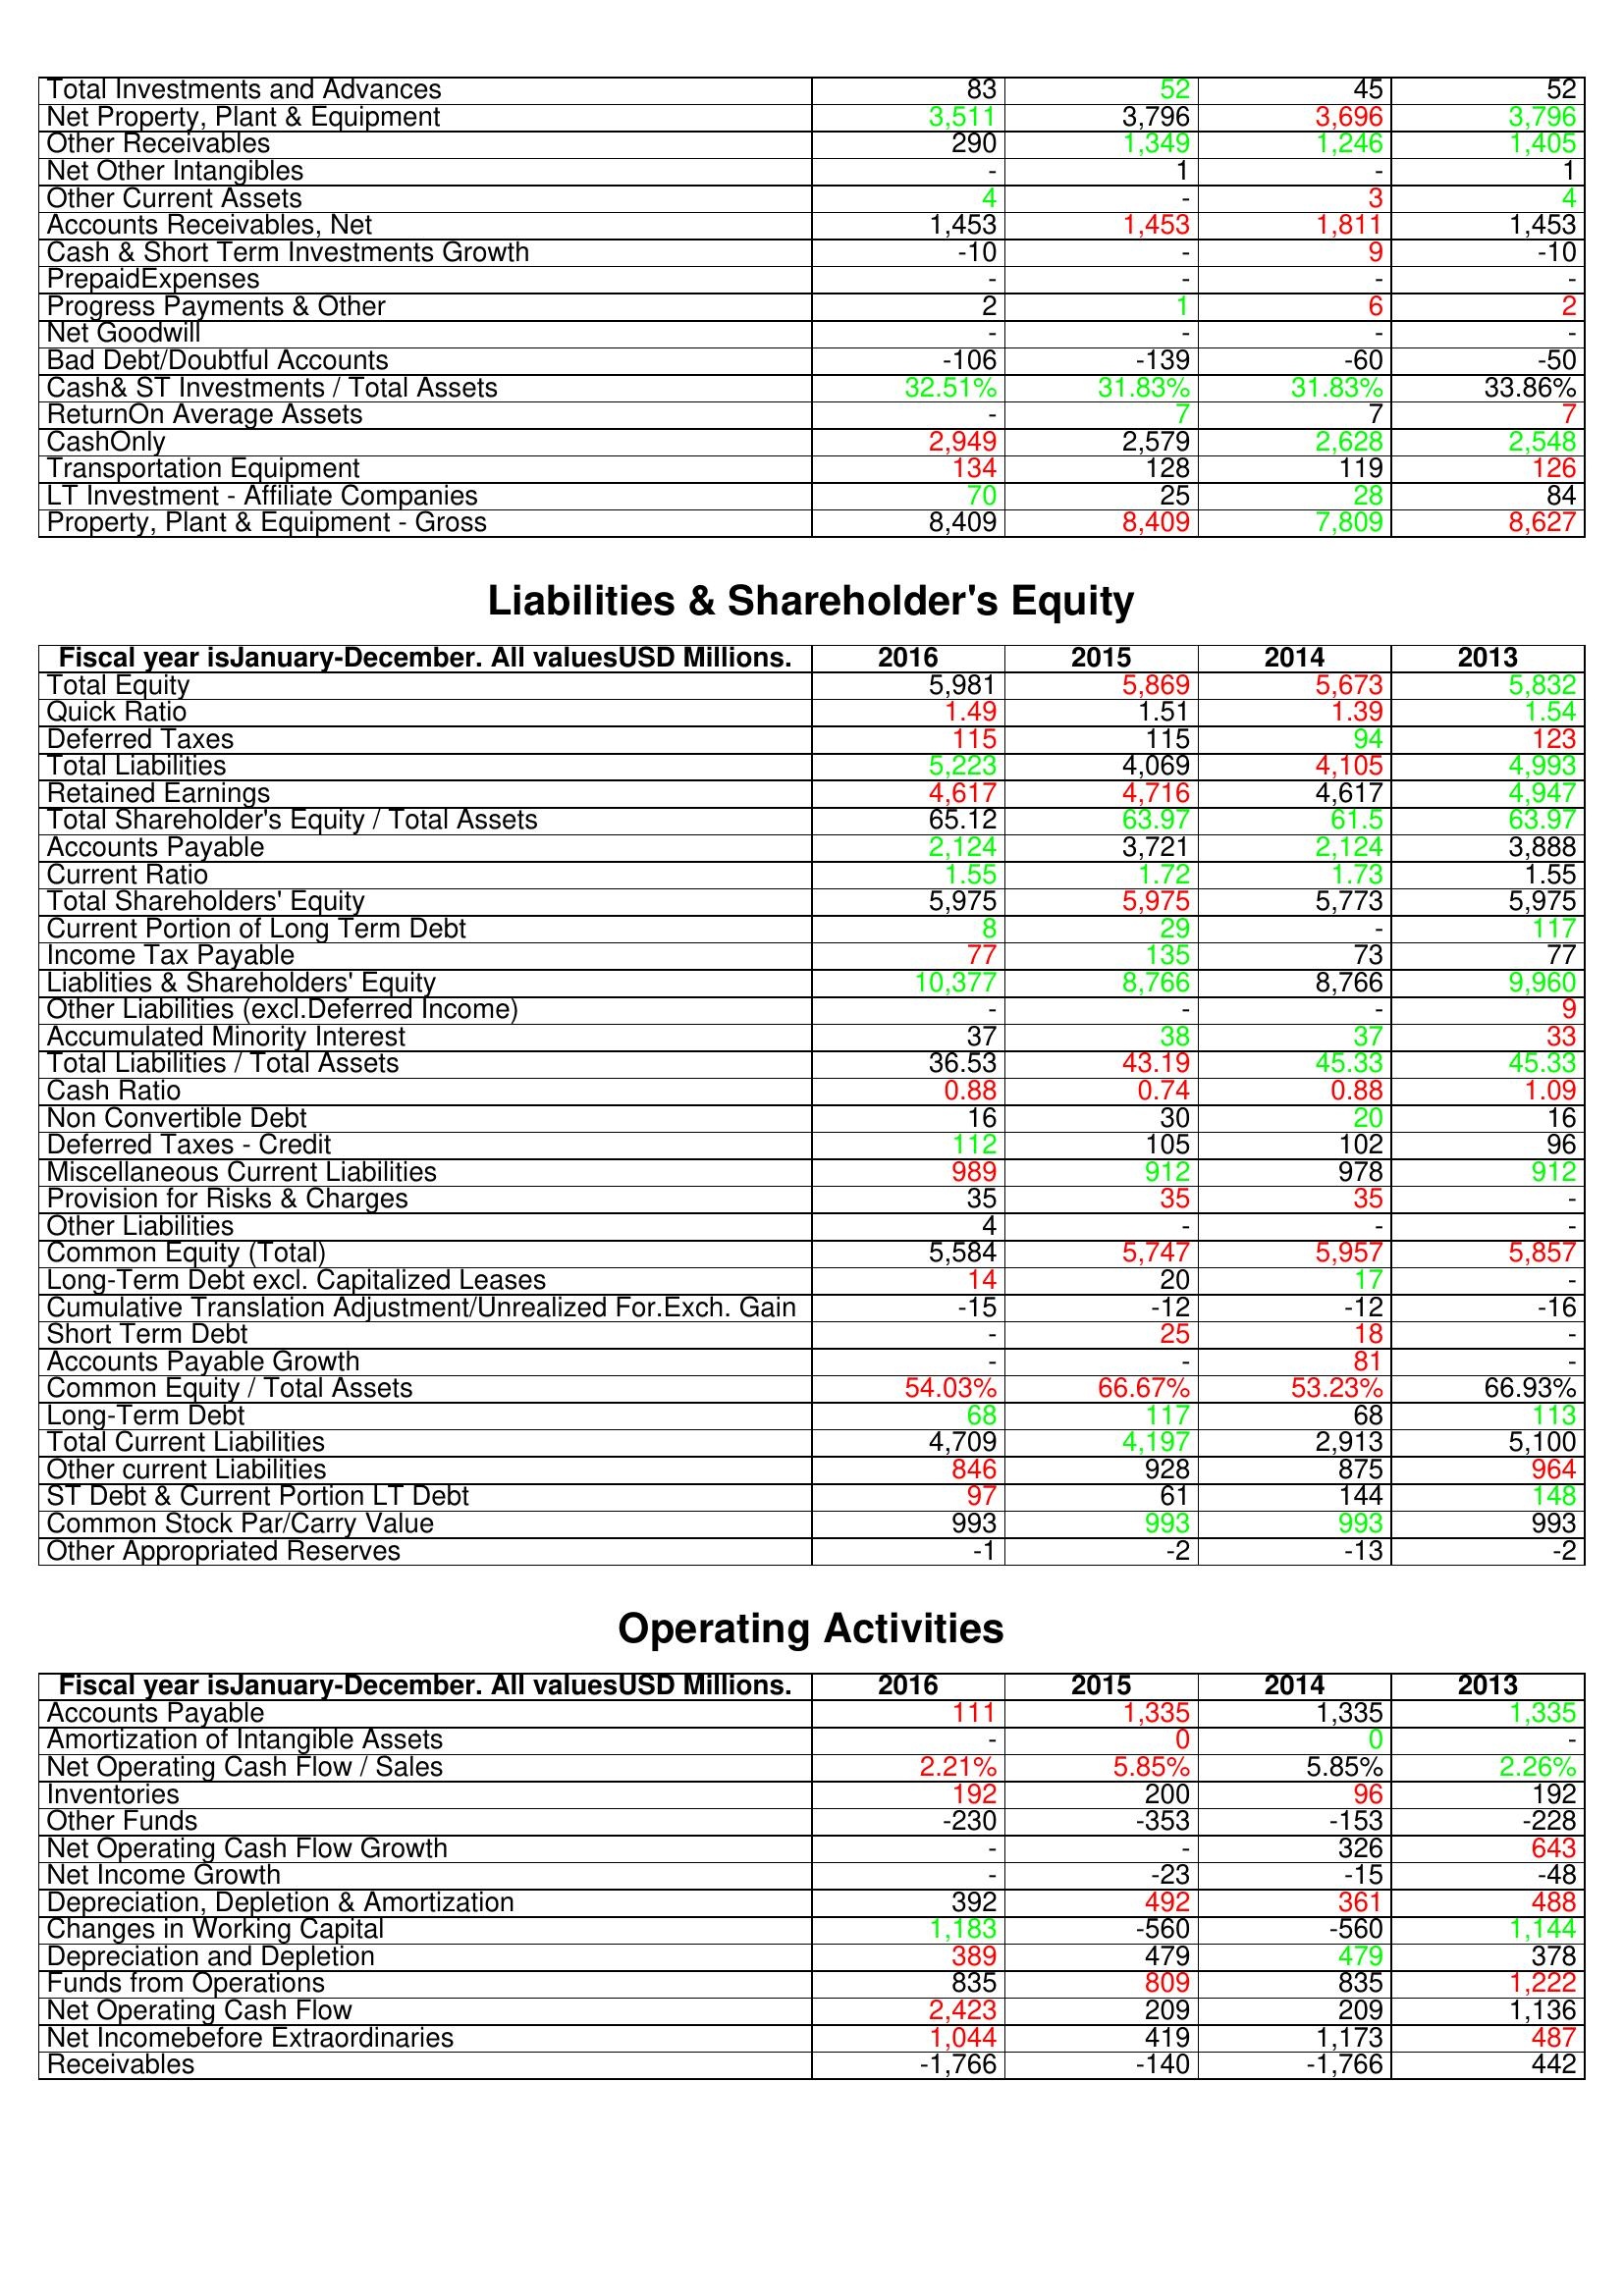
gt_parse: 2016: Assets: Total Investments and Advances: 83
Net Property, Plant & Equipment: 3,511
Other Receivables: 290
Net Other Intangibles: -
Other Current Assets: 4
Accounts Receivables, Net: 1,453
Cash & Short Term Investments Growth: -10
PrepaidExpenses: -
Progress Payments & Other: 2
Net Goodwill: -
Bad Debt/Doubtful Accounts: -106
Cash& ST Investments / Total Assets: 32.51%
ReturnOn Average Assets: -
CashOnly: 2,949
Transportation Equipment: 134
LT Investment - Affiliate Companies: 70
Property, Plant & Equipment - Gross : 8,409
Liabilities & Shareholder's Equity: Total Equity: 5,981
Quick Ratio: 1.49
Deferred Taxes: 115
Total Liabilities: 5,223
Retained Earnings: 4,617
Total Shareholder's Equity / Total Assets: 65.12
Accounts Payable: 2,124
Current Ratio: 1.55
Total Shareholders' Equity: 5,975
Current Portion of Long Term Debt: 8
Income Tax Payable: 77
Liablities & Shareholders' Equity: 10,377
Other Liabilities (excl.Deferred Income): -
Accumulated Minority Interest: 37
Total Liabilities / Total Assets: 36.53
Cash Ratio: 0.88
Non Convertible Debt: 16
Deferred Taxes - Credit: 112
Miscellaneous Current Liabilities: 989
Provision for Risks & Charges: 35
Other Liabilities: 4
Common Equity (Total): 5,584
Long-Term Debt excl. Capitalized Leases: 14
Cumulative Translation Adjustment/Unrealized For.Exch. Gain: -15
Short Term Debt: -
Accounts Payable Growth: -
Common Equity / Total Assets: 54.03%
Long-Term Debt: 68
Total Current Liabilities: 4,709
Other current Liabilities: 846
ST Debt & Current Portion LT Debt: 97
Common Stock Par/Carry Value: 993
Other Appropriated Reserves: -1
Operating Activities: Accounts Payable: 111
Amortization of Intangible Assets: -
Net Operating Cash Flow / Sales: 2.21%
Inventories: 192
Other Funds: -230
Net Operating Cash Flow Growth: -
Net Income Growth: -
Depreciation, Depletion & Amortization: 392
Changes in Working Capital: 1,183
Depreciation and Depletion: 389
Funds from Operations: 835
Net Operating Cash Flow: 2,423
Net Incomebefore Extraordinaries: 1,044
Receivables: -1,766
2015: Assets: Total Investments and Advances: 52
Net Property, Plant & Equipment: 3,796
Other Receivables: 1,349
Net Other Intangibles: 1
Other Current Assets: -
Accounts Receivables, Net: 1,453
Cash & Short Term Investments Growth: -
PrepaidExpenses: -
Progress Payments & Other: 1
Net Goodwill: -
Bad Debt/Doubtful Accounts: -139
Cash& ST Investments / Total Assets: 31.83%
ReturnOn Average Assets: 7
CashOnly: 2,579
Transportation Equipment: 128
LT Investment - Affiliate Companies: 25
Property, Plant & Equipment - Gross : 8,409
Liabilities & Shareholder's Equity: Total Equity: 5,869
Quick Ratio: 1.51
Deferred Taxes: 115
Total Liabilities: 4,069
Retained Earnings: 4,716
Total Shareholder's Equity / Total Assets: 63.97
Accounts Payable: 3,721
Current Ratio: 1.72
Total Shareholders' Equity: 5,975
Current Portion of Long Term Debt: 29
Income Tax Payable: 135
Liablities & Shareholders' Equity: 8,766
Other Liabilities (excl.Deferred Income): -
Accumulated Minority Interest: 38
Total Liabilities / Total Assets: 43.19
Cash Ratio: 0.74
Non Convertible Debt: 30
Deferred Taxes - Credit: 105
Miscellaneous Current Liabilities: 912
Provision for Risks & Charges: 35
Other Liabilities: -
Common Equity (Total): 5,747
Long-Term Debt excl. Capitalized Leases: 20
Cumulative Translation Adjustment/Unrealized For.Exch. Gain: -12
Short Term Debt: 25
Accounts Payable Growth: -
Common Equity / Total Assets: 66.67%
Long-Term Debt: 117
Total Current Liabilities: 4,197
Other current Liabilities: 928
ST Debt & Current Portion LT Debt: 61
Common Stock Par/Carry Value: 993
Other Appropriated Reserves: -2
Operating Activities: Accounts Payable: 1,335
Amortization of Intangible Assets: 0
Net Operating Cash Flow / Sales: 5.85%
Inventories: 200
Other Funds: -353
Net Operating Cash Flow Growth: -
Net Income Growth: -23
Depreciation, Depletion & Amortization: 492
Changes in Working Capital: -560
Depreciation and Depletion: 479
Funds from Operations: 809
Net Operating Cash Flow: 209
Net Incomebefore Extraordinaries: 419
Receivables: -140
2014: Assets: Total Investments and Advances: 45
Net Property, Plant & Equipment: 3,696
Other Receivables: 1,246
Net Other Intangibles: -
Other Current Assets: 3
Accounts Receivables, Net: 1,811
Cash & Short Term Investments Growth: 9
PrepaidExpenses: -
Progress Payments & Other: 6
Net Goodwill: -
Bad Debt/Doubtful Accounts: -60
Cash& ST Investments / Total Assets: 31.83%
ReturnOn Average Assets: 7
CashOnly: 2,628
Transportation Equipment: 119
LT Investment - Affiliate Companies: 28
Property, Plant & Equipment - Gross : 7,809
Liabilities & Shareholder's Equity: Total Equity: 5,673
Quick Ratio: 1.39
Deferred Taxes: 94
Total Liabilities: 4,105
Retained Earnings: 4,617
Total Shareholder's Equity / Total Assets: 61.5
Accounts Payable: 2,124
Current Ratio: 1.73
Total Shareholders' Equity: 5,773
Current Portion of Long Term Debt: -
Income Tax Payable: 73
Liablities & Shareholders' Equity: 8,766
Other Liabilities (excl.Deferred Income): -
Accumulated Minority Interest: 37
Total Liabilities / Total Assets: 45.33
Cash Ratio: 0.88
Non Convertible Debt: 20
Deferred Taxes - Credit: 102
Miscellaneous Current Liabilities: 978
Provision for Risks & Charges: 35
Other Liabilities: -
Common Equity (Total): 5,957
Long-Term Debt excl. Capitalized Leases: 17
Cumulative Translation Adjustment/Unrealized For.Exch. Gain: -12
Short Term Debt: 18
Accounts Payable Growth: 81
Common Equity / Total Assets: 53.23%
Long-Term Debt: 68
Total Current Liabilities: 2,913
Other current Liabilities: 875
ST Debt & Current Portion LT Debt: 144
Common Stock Par/Carry Value: 993
Other Appropriated Reserves: -13
Operating Activities: Accounts Payable: 1,335
Amortization of Intangible Assets: 0
Net Operating Cash Flow / Sales: 5.85%
Inventories: 96
Other Funds: -153
Net Operating Cash Flow Growth: 326
Net Income Growth: -15
Depreciation, Depletion & Amortization: 361
Changes in Working Capital: -560
Depreciation and Depletion: 479
Funds from Operations: 835
Net Operating Cash Flow: 209
Net Incomebefore Extraordinaries: 1,173
Receivables: -1,766
2013: Assets: Total Investments and Advances: 52
Net Property, Plant & Equipment: 3,796
Other Receivables: 1,405
Net Other Intangibles: 1
Other Current Assets: 4
Accounts Receivables, Net: 1,453
Cash & Short Term Investments Growth: -10
PrepaidExpenses: -
Progress Payments & Other: 2
Net Goodwill: -
Bad Debt/Doubtful Accounts: -50
Cash& ST Investments / Total Assets: 33.86%
ReturnOn Average Assets: 7
CashOnly: 2,548
Transportation Equipment: 126
LT Investment - Affiliate Companies: 84
Property, Plant & Equipment - Gross : 8,627
Liabilities & Shareholder's Equity: Total Equity: 5,832
Quick Ratio: 1.54
Deferred Taxes: 123
Total Liabilities: 4,993
Retained Earnings: 4,947
Total Shareholder's Equity / Total Assets: 63.97
Accounts Payable: 3,888
Current Ratio: 1.55
Total Shareholders' Equity: 5,975
Current Portion of Long Term Debt: 117
Income Tax Payable: 77
Liablities & Shareholders' Equity: 9,960
Other Liabilities (excl.Deferred Income): 9
Accumulated Minority Interest: 33
Total Liabilities / Total Assets: 45.33
Cash Ratio: 1.09
Non Convertible Debt: 16
Deferred Taxes - Credit: 96
Miscellaneous Current Liabilities: 912
Provision for Risks & Charges: -
Other Liabilities: -
Common Equity (Total): 5,857
Long-Term Debt excl. Capitalized Leases: -
Cumulative Translation Adjustment/Unrealized For.Exch. Gain: -16
Short Term Debt: -
Accounts Payable Growth: -
Common Equity / Total Assets: 66.93%
Long-Term Debt: 113
Total Current Liabilities: 5,100
Other current Liabilities: 964
ST Debt & Current Portion LT Debt: 148
Common Stock Par/Carry Value: 993
Other Appropriated Reserves: -2
Operating Activities: Accounts Payable: 1,335
Amortization of Intangible Assets: -
Net Operating Cash Flow / Sales: 2.26%
Inventories: 192
Other Funds: -228
Net Operating Cash Flow Growth: 643
Net Income Growth: -48
Depreciation, Depletion & Amortization: 488
Changes in Working Capital: 1,144
Depreciation and Depletion: 378
Funds from Operations: 1,222
Net Operating Cash Flow: 1,136
Net Incomebefore Extraordinaries: 487
Receivables: 442